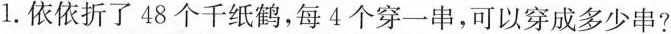
1. 依依折了 48 个千纸鹤，每 4 个穿一串，可以穿成多少串?